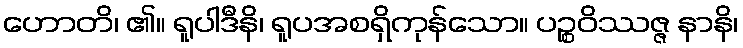
ဟောတိ၊ ၏။ ရူပါဒီနိ၊ ရူပအစရှိကုန်သော။ ပဉ္စဝိဿဇ္ဇ နာနိ၊